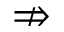
\nRightarrow